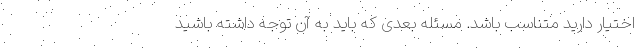
اختیار دارید متناسب باشد. مسئله بعدی که باید به آن توجه داشته باشید